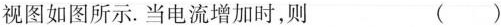
视图如图所示。当电流增加时，则 ( )